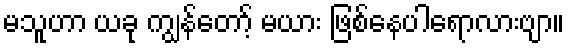
မသူဟာ ယခု ကျွန်တော့် မယား ဖြစ်နေပါရောလားဗျာ။